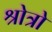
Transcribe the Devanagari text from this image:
श्रोत्रो